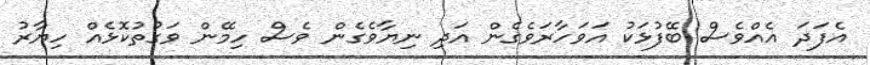
އެފަދަ އެއްވެސް ބޭފުޅަކު އަވަަހާރަވެގެން އަދި ނިޔާވެގެން ވެސް ހިމޭން ވަގުތުކޮޅެއް ހިޔާރު